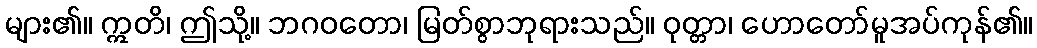
များ၏။ ဣတိ၊ ဤသို့။ ဘဂဝတော၊ မြတ်စွာဘုရားသည်။ ဝုတ္တာ၊ ဟောတော်မူအပ်ကုန်၏။